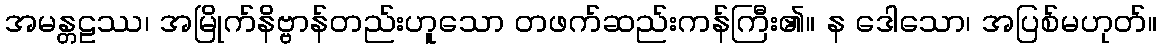
အမန္တဠဿ၊ အမြိုက်နိဗ္ဗာန်တည်းဟူသော တဖက်ဆည်းကန်ကြီး၏။ န ဒေါသော၊ အပြစ်မဟုတ်။